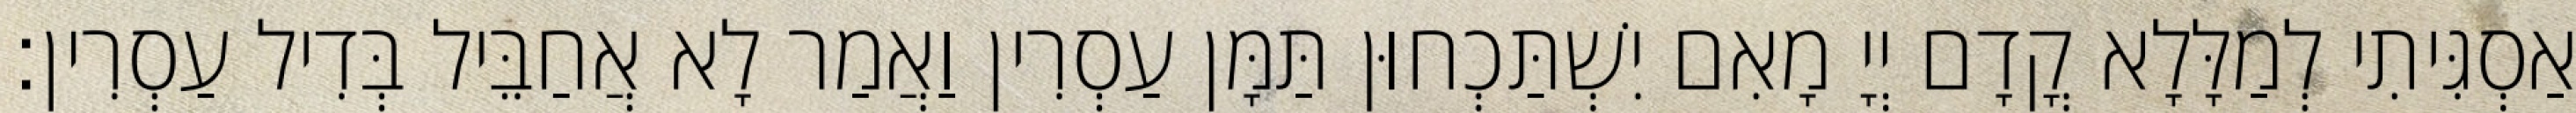
אַסְגִּיתִי לְמַלָּלָא קֳדָם יְיָ מָאִם יִשְׁתַּכְחוּן תַּמָּן עַסְרִין וַאֲמַר לָא אֲחַבֵּיל בְּדִיל עַסְרִין׃